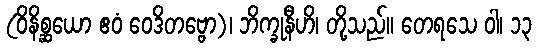
(ဝိနိစ္ဆယော ဧဝံ ဝေဒိတဗ္ဗော)၊ ဘိက္ခုနီဟိ၊ တို့သည်။ တေရသေ ဝါ၊ ၁၃